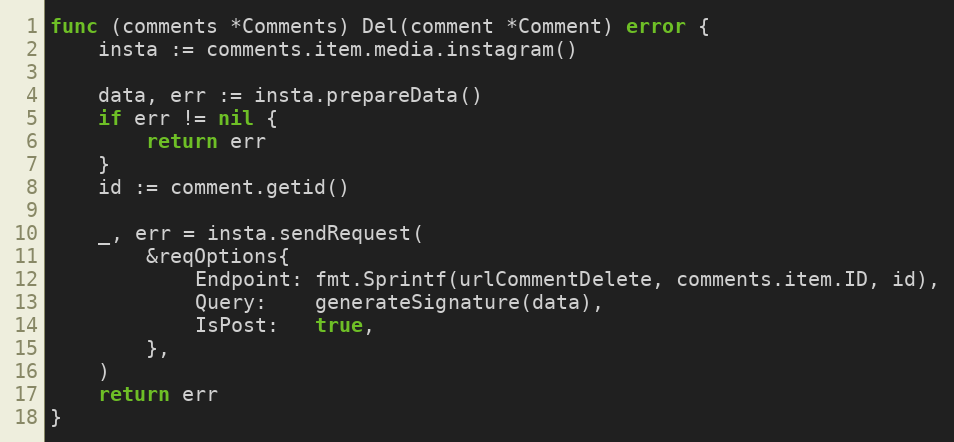
Language: Go
func (comments *Comments) Del(comment *Comment) error {
	insta := comments.item.media.instagram()

	data, err := insta.prepareData()
	if err != nil {
		return err
	}
	id := comment.getid()

	_, err = insta.sendRequest(
		&reqOptions{
			Endpoint: fmt.Sprintf(urlCommentDelete, comments.item.ID, id),
			Query:    generateSignature(data),
			IsPost:   true,
		},
	)
	return err
}